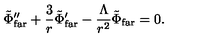
\tilde { \Phi } _ { \mathrm { f a r } } ^ { \prime \prime } + { \frac { 3 } { r } } \tilde { \Phi } _ { \mathrm { f a r } } ^ { \prime } - { \frac { \Lambda } { r ^ { 2 } } } \tilde { \Phi } _ { \mathrm { f a r } } = 0 .